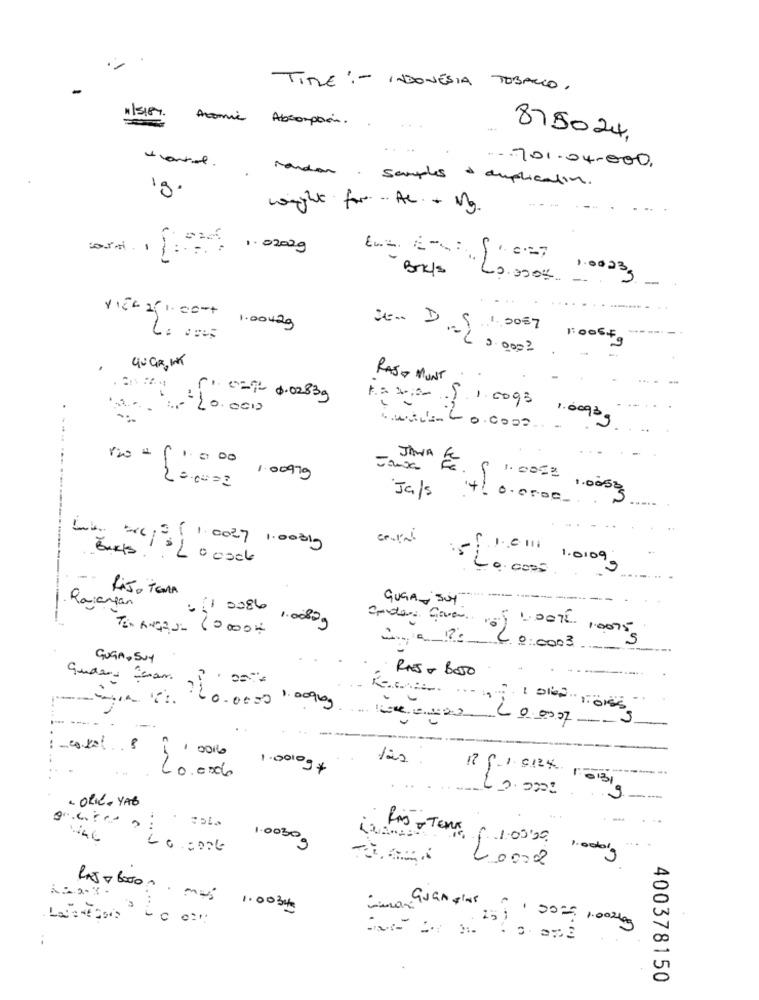
..
-
TITLE :- INDONÉSIA TOBACCO.
115187. Acomic Absorption ..
875024,
....
-- 701-04-000.
randon, samples & duplication.
weight for- AC + M3.
corn 1 1: 1. 02029
BORIS
1. 0:27 1.00233
-
VIEL 251.00-+ 1.004kg
SEM DS 1.2057 1:00649
40 GR, WXT
RAJ MONT
[1 0=72 0.0283g
1-20.0000
K= 1.0093 1.0090g
JAWA
200000
Ja/s
Fe. [ 1.00 == 10050
4 0.0000.
Weby xxc ={ 1.0027 1.00 bly
1.0 1.0109,
RAJO TERA
GUGA-BUY"
------
Rajangan
TEN ANGAJ_ 60000#
0 ( 1 0086 100809
5 UDOTE 10015
2 0.0003
GUGA,SUY
RAS - 8050
60.0000 10090g
----
2 0.0007.
--
-co.kol B
1 0016
120
1.0010g+
0.00db
13,
- ORIC- YAB
...
Ris TENE
1.0030g
f 1.03.20 1.00og
20002
RAJT boon. mais 1.003gs
== ==== 1002kg
..
400378150